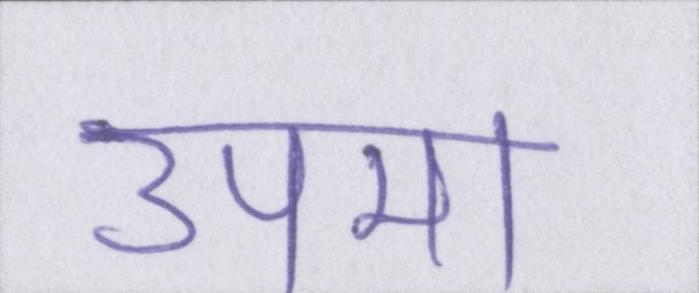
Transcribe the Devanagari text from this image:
उपमा